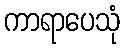
ကာရာပေသုံ